Report of an investigation into the causes of malaria in Bombay and the measures necessary for its control
Disease focus: Malaria
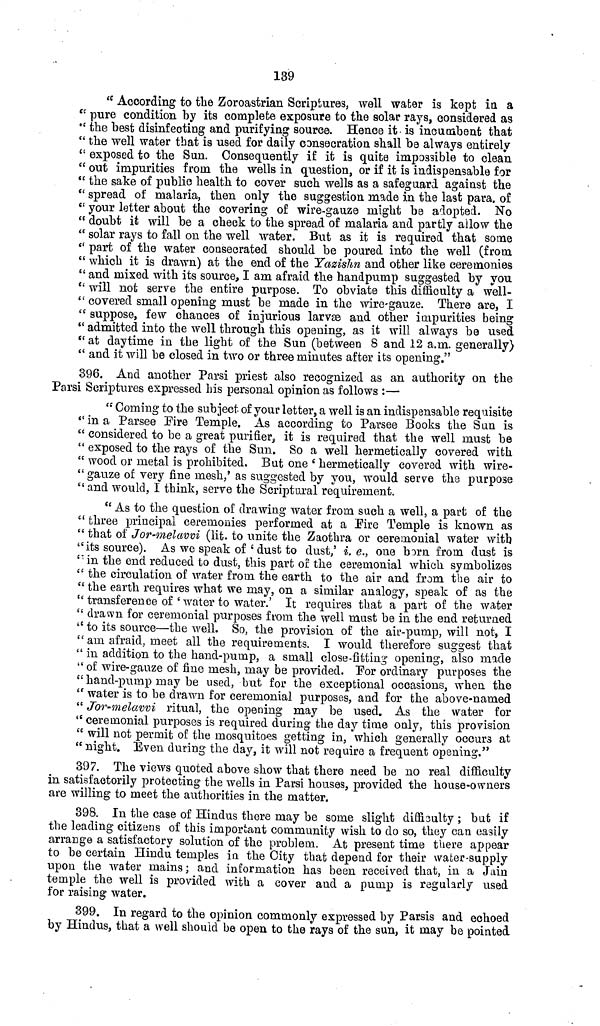
139
" According to the Zoroastrian Scriptures, well water is kept in a
" pure condition by its complete exposure to the solar rays, considered as
" the best disinfecting and purifying source. Hence it is incumbent that
" the well water that is used for daily consecration shall be always entirely
" exposed to the Sun. Consequently if it is quite impossible to clean
" out impurities from the wells in question, or if it is indispensable for
" the sake of public health to cover such wells as a safeguard against the
" spread of malaria, then only the suggestion made in the last para, of
" your letter about the covering of wire-gauze might be adopted. No
" doubt ii will be a check to the spread of malaria and partly allow the
" solar rays to fall on the well water. But as it is required that some
" part of the water consecrated should be poured into the well (from
" which it is drawn) at the end of the Yazishn and other like ceremonies
" and mixed with its source, I am afraid the handpump suggested by you
" will not serve the entire purpose. To obviate this difficulty a well-
" covered small opening must be made in the wire-gauze. There are, I
" suppose, few chances of injurious larvae and other impurities being
" admitted into the well through this opening, as it will always be used
" at daytime in the light of the Sun (between 8 and 12 a.m. generally)
" and it will be closed in two or three minutes after its opening."
396. And another Parsi priest also recognized as an authority on the
Parsi Scriptures expressed his personal opinion as follows :—
" Coming to the subject of your letter, a well is an indispensable requisite
"in a Parsee Fire Temple. As according to Parsee Books the San is
" considered to be a great purifier, it is required that the well must be
" exposed to the rays of the Sun. So a well hermetically covered with
" wood or metal is prohibited. But one ' hermetically covered with wire-
" gauze of very fine mesh,' as suggested by you, would serve the purpose
" and would, I think, serve the Script oral requirement.
" As to the question of drawing water from such a well, a part of the
" three principal ceremonies performed at a Eire Temple is known as
" that of Jor-melavvi (lit. to unite the Zaothra or ceremonial water with
"its source). As we speak of 'dust to dust,' i.e., one born from dust is
" in the end reduced to dust, this part of the ceremonial which symbolizes
" the circulation of water from the earth to the air and from the air to
" the earth requires what we may, on a similar analogy, speak of as the
" transference of 'water to water.' It requires that a part of the water
" drawn for ceremonial purposes from the well must be in the end returned
" to its source—the well. So, the provision of the air-pump, will not, I
" am afraid, meet all the requirements. I would therefore suggest that
" in addition to the hand-pump, a small close-fitting opening, also made
" of wire-gauze of fine mesh, may be provided. For ordinary purposes the
" hand-pump may be used, but for the exceptional occasions, when the
" water is to be drawn for ceremonial purposes, and for the above-named
" Jor-melavvi ritual, the opening may be used. As the water for
" ceremonial purposes is required during the day time only, this provision
" will not permit of the mosquitoes getting in, which generally occurs at
" night. Even during the day, it will not require a frequent opening."
397. The views quoted above show that there need be no real difficulty
in satisfactorily protecting the wells in Parsi houses, provided the house-owners
are willing to meet the authorities in the matter.
398. In the case of Hindus there may be some slight difficulty ; but if
the leading citizens of this important community wish to do so, they can easily
arrange a satisfactory solution of the problem. At present time there appear
to be certain Hindu temples in the City that depend for their water-supply
upon the water mains; and information has been received that, in a Jain
temple the well is provided with a cover and a pump is regularly used
for raising water.
399. In regard to the opinion commonly expressed by Parsis and echoed
by Hindus, that a well should be open to the rays of the sun, it may be pointed